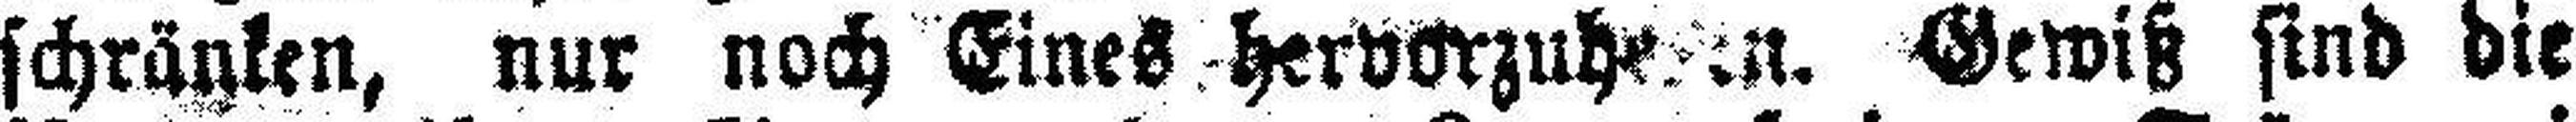
schränken, nur noch Eines hervorzuh###n. Gewiß sind die